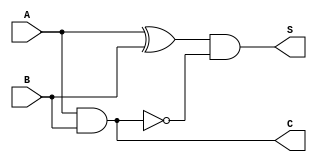
module threshold_half_adder (
    input wire A,  // First binary input
    input wire B,  // Second binary input
    output wire S, // Sum output
    output wire C  // Carry output
);

    // Sum output: S = A XOR B, but reset when both A and B are 1
    assign S = (A ^ B) & ~(A & B);

    // Carry output: C = A AND B
    assign C = A & B;

endmodule